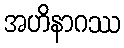
အဟိနာဂဿ